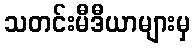
သတင်းမီဒီယာများမှ